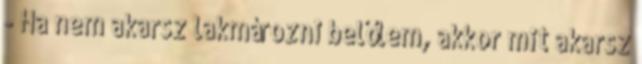
- Ha nem akarsz lakmározni belőlem, akkor mit akarsz